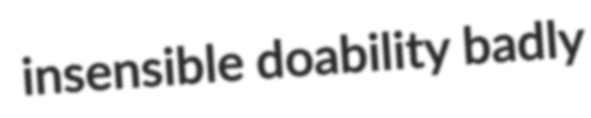
insensible doability badly